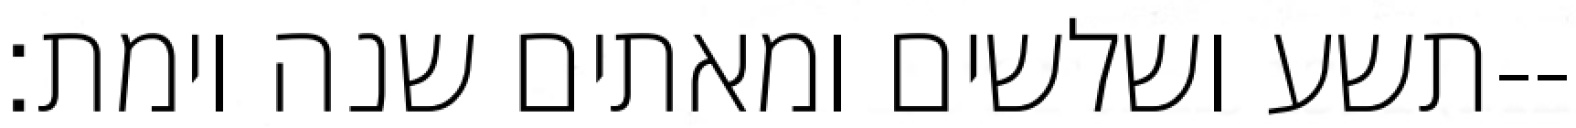
תשע ושלשים ומאתים שנה וימת׃--